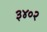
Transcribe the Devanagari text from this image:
३४०२